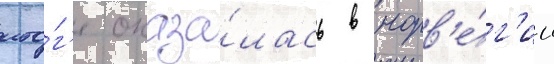
ито́г'е оказа́лась в норв'е́г'ии